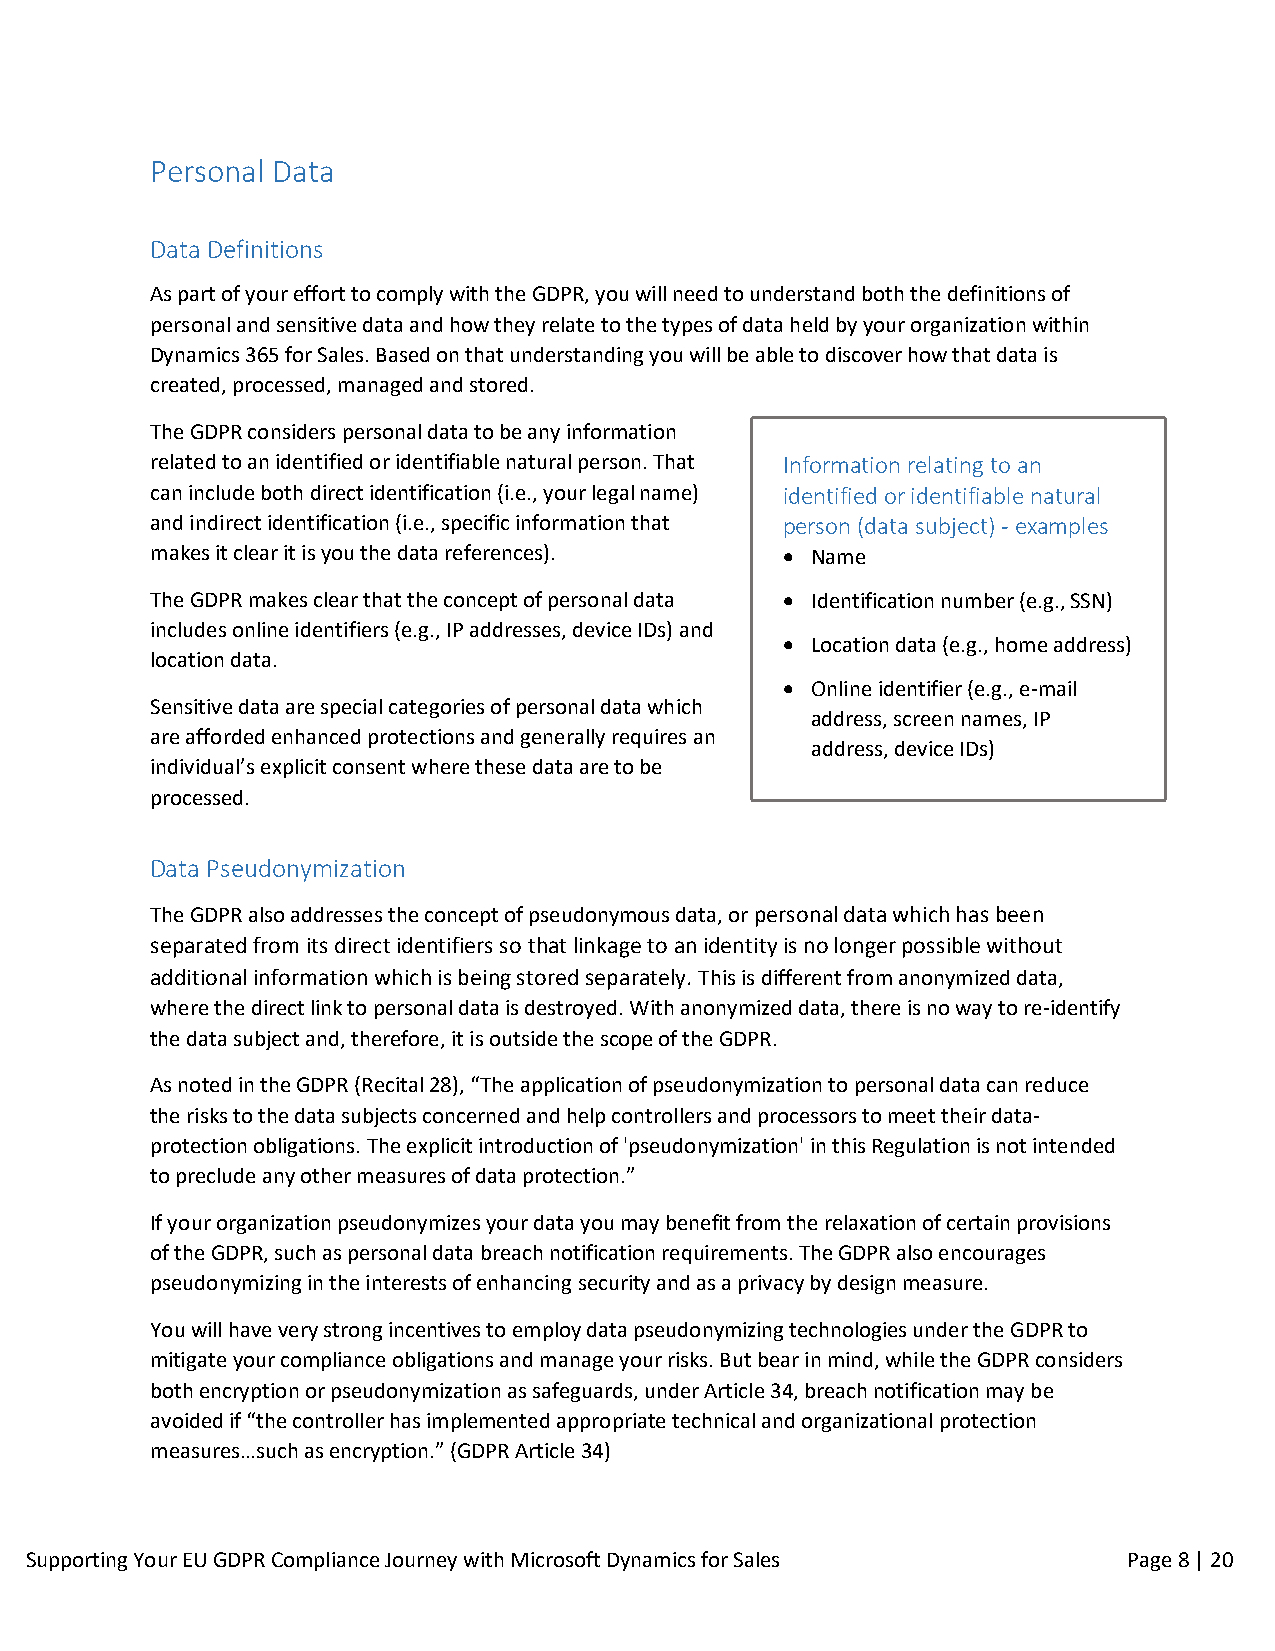
Personal Data
 Data Definitions
 As part of your effort to comply with the GDPR, you will need to understand both the definitions of
 personal and sensitive data and how they relate to the types of data held by your organization within
 Dynamics 365 for Sales. Based on that understanding you will be able to discover how that data is
 created, processed, managed and stored.
 The GDPR considers personal data to be any information
 related to an identified or identifiable natural person. That Information relating to an
 can include both direct identification (i.e., your legal name) identified or identifiable natural
 and indirect identification (i.e., specific information that person (data subject) - examples
 makes it clear it is you the data references).  Name
 The GDPR makes clear that the concept of personal data  Identification number (e.g., SSN)
 includes online identifiers (e.g., IP addresses, device IDs) and
  Location data (e.g., home address)
 location data.
  Online identifier (e.g., e-mail
 Sensitive data are special categories of personal data which
 address, screen names, IP
 are afforded enhanced protections and generally requires an
 address, device IDs)
 individual’s explicit consent where these data are to be
 processed.
 Data Pseudonymization
 The GDPR also addresses the concept of pseudonymous data, or personal data which has been
 separated from its direct identifiers so that linkage to an identity is no longer possible without
 additional information which is being stored separately. This is different from anonymized data,
 where the direct link to personal data is destroyed. With anonymized data, there is no way to re-identify
 the data subject and, therefore, it is outside the scope of the GDPR.
 As noted in the GDPR (Recital 28), “The application of pseudonymization to personal data can reduce
 the risks to the data subjects concerned and help controllers and processors to meet their data-
 protection obligations. The explicit introduction of 'pseudonymization' in this Regulation is not intended
 to preclude any other measures of data protection.”
 If your organization pseudonymizes your data you may benefit from the relaxation of certain provisions
 of the GDPR, such as personal data breach notification requirements. The GDPR also encourages
 pseudonymizing in the interests of enhancing security and as a privacy by design measure.
 You will have very strong incentives to employ data pseudonymizing technologies under the GDPR to
 mitigate your compliance obligations and manage your risks. But bear in mind, while the GDPR considers
 both encryption or pseudonymization as safeguards, under Article 34, breach notification may be
 avoided if “the controller has implemented appropriate technical and organizational protection
 measures…such as encryption.” (GDPR Article 34)
 Supporting Yo ur EU GDPR Compliance Journey with Microsoft Dynamics for Sales Page 8 | 20